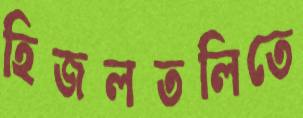
হিজলতলিতে